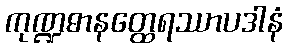
ကုဏ္ဍဓာနတ္ထေရဿာပဒါနံ